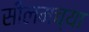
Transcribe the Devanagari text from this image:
सीलमच्या